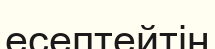
есептейтін